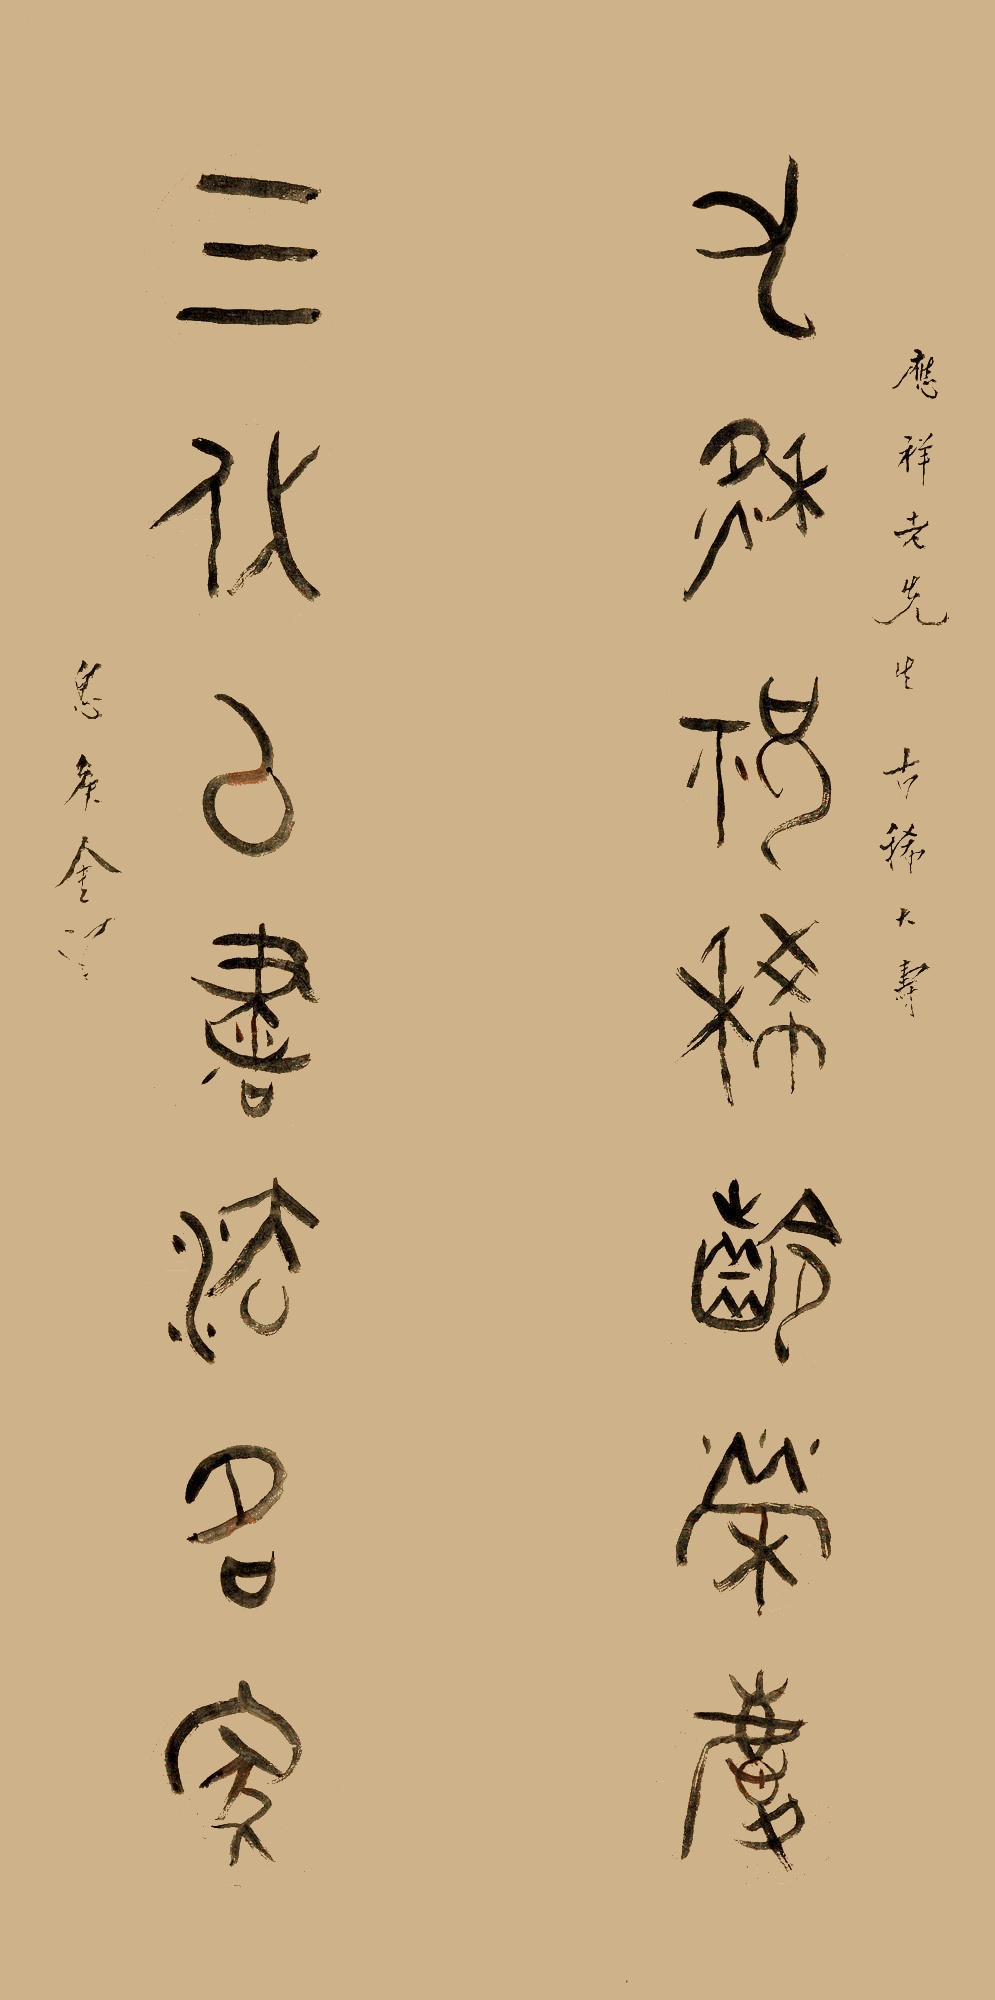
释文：九秋祝稀龄荣庆，三代以书法名家。应祥老先生古稀大寿。息候金梁。